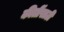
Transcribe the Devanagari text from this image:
कीर्तीसाठी